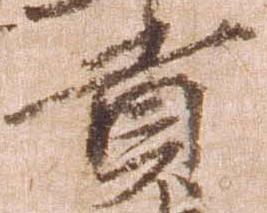
貢